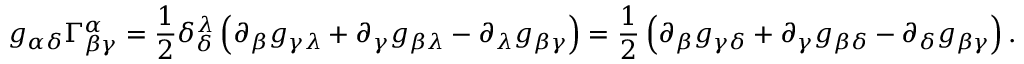
g _ { \alpha \delta } \Gamma _ { \beta \gamma } ^ { \alpha } = \frac { 1 } { 2 } \delta _ { \delta } ^ { \lambda } \left( \partial _ { \beta } g _ { \gamma \lambda } + \partial _ { \gamma } g _ { \beta \lambda } - \partial _ { \lambda } g _ { \beta \gamma } \right) = \frac { 1 } { 2 } \left( \partial _ { \beta } g _ { \gamma \delta } + \partial _ { \gamma } g _ { \beta \delta } - \partial _ { \delta } g _ { \beta \gamma } \right) .